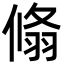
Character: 翛